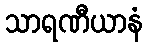
သာရဏီယာနံ